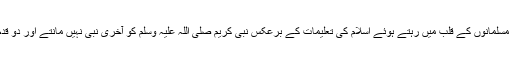
جبکہ قادیانی نہ صرف غیر مسلمان یعنی غیر مسلم ہیں بلکہ غیر مسلم ہونے کے ساتھ ساتھ مسلمانوں کے قلب میں رہتے ہوئے اسلام کی تعلیمات کے برعکس نبی کریم صلی اللہ علیہ وسلم کو آخری نبی نہیں مانتے اور دو قدم آگے بڑھتے ہوئے مرزا قادیان کو نعوذ بااللہ نبی کریم صلی اللہ کی بجائےنبی مانتے ہیں۔